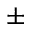
\pm